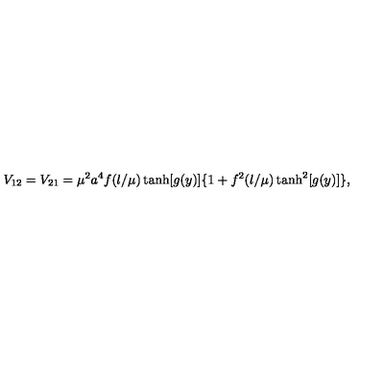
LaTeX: V _ { 1 2 } = V _ { 2 1 } = \mu ^ { 2 } a ^ { 4 } f ( \l / \mu ) \tanh [ g ( y ) ] \{ 1 + f ^ { 2 } ( \l / \mu ) \tanh ^ { 2 } [ g ( y ) ] \} ,